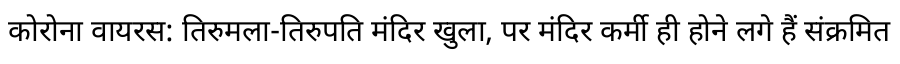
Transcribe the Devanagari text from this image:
कोरोना वायरस: तिरुमला-तिरुपति मंदिर खुला, पर मंदिर कर्मी ही होने लगे हैं संक्रमित